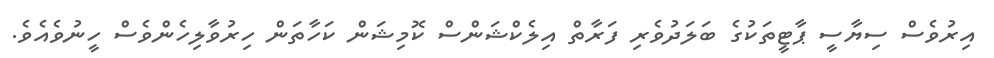
އިރުވެސް ސިޔާސީ ޕާޓީތަކުގެ ބަލަދުވެރި ފަރާތް އިލެކްޝަންސް ކޮމިޝަން ކަހާތަން ހިރުވާލިހެންވެސް ހީނުވެއެވެ.